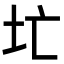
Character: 𪢷